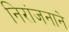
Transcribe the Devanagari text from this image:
निरांजनाने